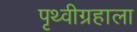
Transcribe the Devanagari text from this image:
पृथ्वीग्रहाला